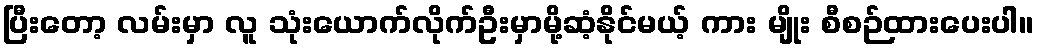
ပြီးတော့ လမ်းမှာ လူ သုံးယောက်လိုက်ဦးမှာမို့ဆံ့နိုင်မယ့် ကား မျိုး စီစဉ်ထားပေးပါ။